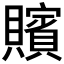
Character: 𮚪